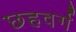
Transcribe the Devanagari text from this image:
छहवर्ग